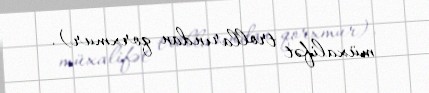
müxalifət trollarından qorxmur).